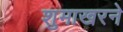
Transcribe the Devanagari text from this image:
शुमाखरने